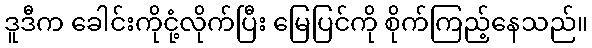
ဒူဒီက ခေါင်းကိုငုံ့လိုက်ပြီး မြေပြင်ကို စိုက်ကြည့်နေသည်။